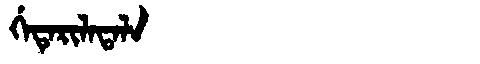
Manchu: ᡤᡝᡨᡝᡵᡳᠯᠠᡨᠠᠯᠠ
Romanization: GETERILATALA